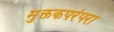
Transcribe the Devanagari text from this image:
मुक्तकपरंपरा